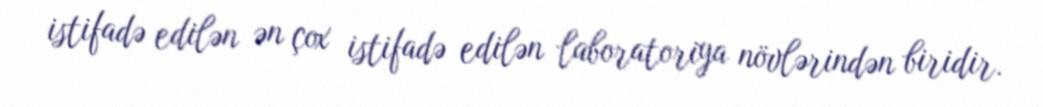
istifadə edilən ən çox istifadə edilən laboratoriya növlərindən biridir.